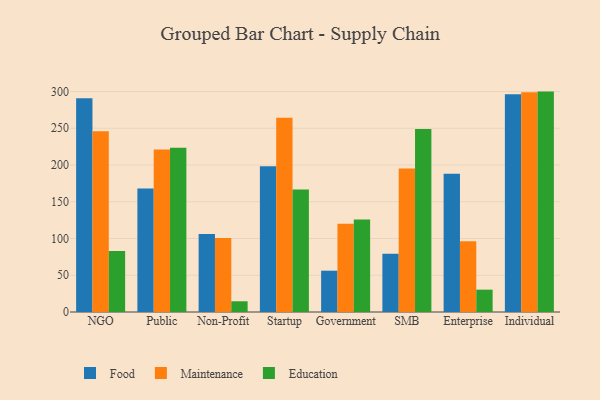
{"axis": {"x": "Segment", "y": "Market Share (%)"}, "legend": ["Education", "Food", "Maintenance"], "data": [{"x": "NGO", "y": 291.0, "type": "Food"}, {"x": "NGO", "y": 245.9, "type": "Maintenance"}, {"x": "NGO", "y": 83.1, "type": "Education"}, {"x": "Public", "y": 167.9, "type": "Food"}, {"x": "Public", "y": 221.0, "type": "Maintenance"}, {"x": "Public", "y": 223.5, "type": "Education"}, {"x": "Non-Profit", "y": 106.0, "type": "Food"}, {"x": "Non-Profit", "y": 100.8, "type": "Maintenance"}, {"x": "Non-Profit", "y": 14.6, "type": "Education"}, {"x": "Startup", "y": 198.3, "type": "Food"}, {"x": "Startup", "y": 264.4, "type": "Maintenance"}, {"x": "Startup", "y": 166.6, "type": "Education"}, {"x": "Government", "y": 56.2, "type": "Food"}, {"x": "Government", "y": 120.0, "type": "Maintenance"}, {"x": "Government", "y": 125.9, "type": "Education"}, {"x": "SMB", "y": 79.4, "type": "Food"}, {"x": "SMB", "y": 195.1, "type": "Maintenance"}, {"x": "SMB", "y": 249.1, "type": "Education"}, {"x": "Enterprise", "y": 188.0, "type": "Food"}, {"x": "Enterprise", "y": 96.4, "type": "Maintenance"}, {"x": "Enterprise", "y": 30.4, "type": "Education"}, {"x": "Individual", "y": 296.4, "type": "Food"}, {"x": "Individual", "y": 299.1, "type": "Maintenance"}, {"x": "Individual", "y": 299.9, "type": "Education"}]}